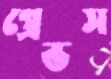
গ্রেভস